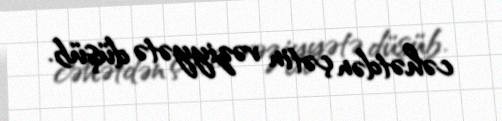
cəhətdən çətin vəziyyətə düşüb.